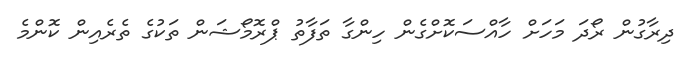
ދިރާގުން ރޯދަ މަހަށް ހާއްސަކޮށްގެން ހިންގާ ތަފާތު ޕްރޮމޯޝަން ތަކުގެ ތެރެއިން ކޮންމެ